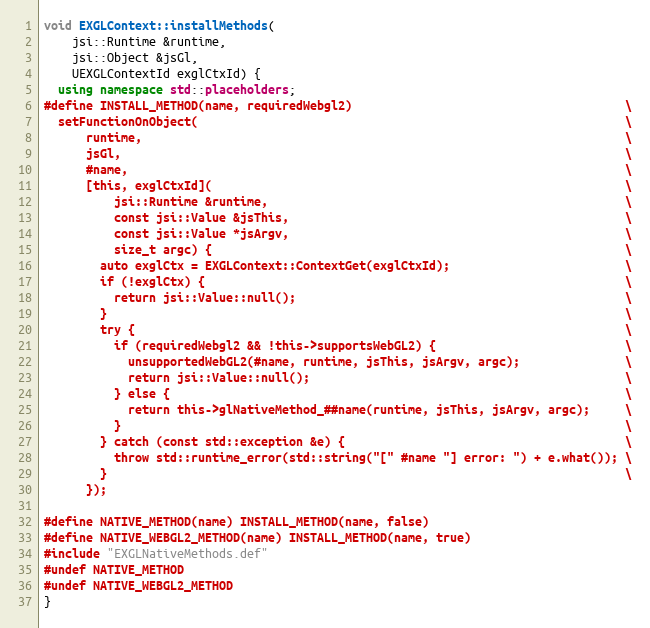
Language: C++
void EXGLContext::installMethods(
    jsi::Runtime &runtime,
    jsi::Object &jsGl,
    UEXGLContextId exglCtxId) {
  using namespace std::placeholders;
#define INSTALL_METHOD(name, requiredWebgl2)                                       \
  setFunctionOnObject(                                                             \
      runtime,                                                                     \
      jsGl,                                                                        \
      #name,                                                                       \
      [this, exglCtxId](                                                           \
          jsi::Runtime &runtime,                                                   \
          const jsi::Value &jsThis,                                                \
          const jsi::Value *jsArgv,                                                \
          size_t argc) {                                                           \
        auto exglCtx = EXGLContext::ContextGet(exglCtxId);                         \
        if (!exglCtx) {                                                            \
          return jsi::Value::null();                                               \
        }                                                                          \
        try {                                                                      \
          if (requiredWebgl2 && !this->supportsWebGL2) {                           \
            unsupportedWebGL2(#name, runtime, jsThis, jsArgv, argc);               \
            return jsi::Value::null();                                             \
          } else {                                                                 \
            return this->glNativeMethod_##name(runtime, jsThis, jsArgv, argc);     \
          }                                                                        \
        } catch (const std::exception &e) {                                        \
          throw std::runtime_error(std::string("[" #name "] error: ") + e.what()); \
        }                                                                          \
      });

#define NATIVE_METHOD(name) INSTALL_METHOD(name, false)
#define NATIVE_WEBGL2_METHOD(name) INSTALL_METHOD(name, true)
#include "EXGLNativeMethods.def"
#undef NATIVE_METHOD
#undef NATIVE_WEBGL2_METHOD
}